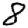
Digit: 8